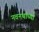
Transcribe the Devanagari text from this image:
नवनथांच्या